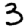
Digit: 3